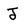
Character: J